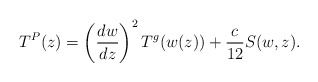
\begin{align*}T^{P}(z)=\left( \frac{dw}{dz}\right) ^{2}T^{g}(w(z))+\frac{c}{12}S(w,z).\end{align*}